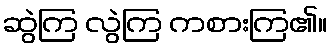
ဆွဲကြ လွဲကြ ကစားကြ၏။